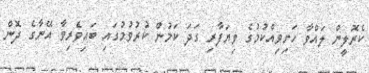
ކެރޮލީން ލައްވާ ހަށިވިއްކުމުގެ ވިޔަފާރި ގަދަ ކަމުން ކުރުވުމުގައި ބައިވެރިވާ އޭނާގެ ދޮން